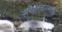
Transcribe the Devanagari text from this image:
द्विशतसांवत्सरिक